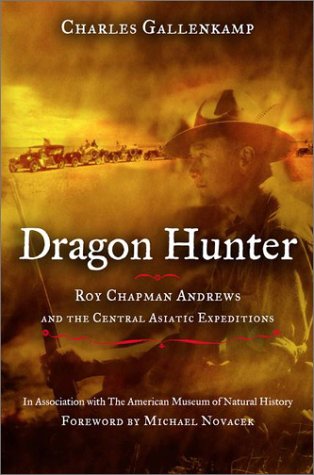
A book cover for Dragon Hunter: Roy Chapman Andrews and the Central Asiatic Expeditions; Charles Gallenkamp; Science & Math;